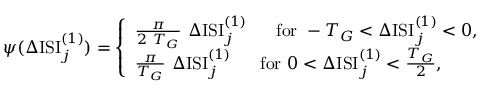
\psi ( \Delta \mathrm { I S I } _ { j } ^ { ( 1 ) } ) = \left\{ \begin{array} { l } { \frac { \pi } { 2 ~ T _ { G } } ~ \Delta \mathrm { I S I } _ { j } ^ { ( 1 ) } ~ ~ ~ ~ ~ \mathrm { f o r } ~ - { T _ { G } } < \Delta \mathrm { I S I } _ { j } ^ { ( 1 ) } < 0 , } \\ { \frac { \pi } { T _ { G } } ~ \Delta \mathrm { I S I } _ { j } ^ { ( 1 ) } ~ ~ ~ ~ ~ \mathrm { f o r } ~ 0 < \Delta \mathrm { I S I } _ { j } ^ { ( 1 ) } < { \frac { T _ { G } } { 2 } } , } \end{array} \right.